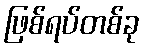
ဖြစ်ရပ်တစ်ခု